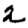
Digit: 2